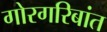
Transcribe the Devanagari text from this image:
गोरगरिबांत